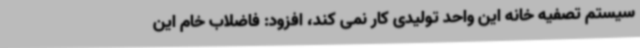
سیستم تصفیه خانه این واحد تولیدی کار نمی کند، افزود: فاضلاب خام این